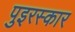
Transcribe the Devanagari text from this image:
पुइरस्कार